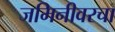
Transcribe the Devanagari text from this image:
जमिनीवरचा